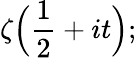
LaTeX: \zeta{\Bigl(}{\frac{1}{2}}+it{\Bigr)};